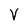
Character: V